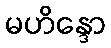
မဟိန္ဒော